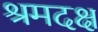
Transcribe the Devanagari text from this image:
श्रमदक्ष